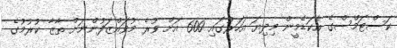
ކަސްޓަމްސްގެ އެކަޑެމީން މިދިޔަ އަހަރުގައި 600 އަށް ވުރެ މުވައްޒަފުންނަށް ތާޒާ ކުރުމުގެ